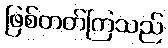
ဖြစ်တတ်ကြသည်